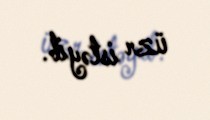
üzr istəyib.